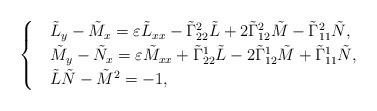
LaTeX: \begin{align*}\begin{cases}& \tilde{L}_y-\tilde{M}_x=\varepsilon\tilde{L}_{xx} -\tilde{\Gamma}^2_{22}\tilde{L}+2\tilde{\Gamma}^2_{12}\tilde{M}-\tilde{\Gamma}^2_{11}\tilde{N},\\& \tilde{M}_y-\tilde{N}_x=\varepsilon\tilde{M}_{xx} +\tilde{\Gamma}^1_{22}\tilde{L}-2\tilde{\Gamma}^1_{12}\tilde{M}+\tilde{\Gamma}^1_{11}\tilde{N},\\ &\tilde{L}\tilde{N}-\tilde{M}^2=-1,\end{cases}\end{align*}